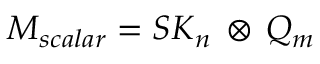
{ \cal M } _ { s c a l a r } = { \cal S K } _ { n } \, \otimes \, { \cal Q } _ { m }